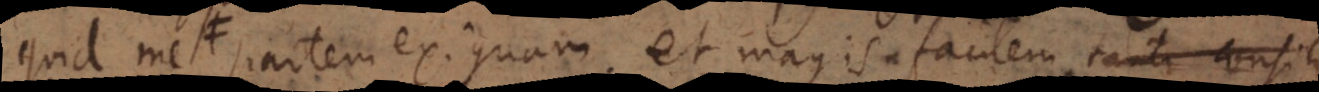
plane partem exiguam et magis facilem tanto consilio